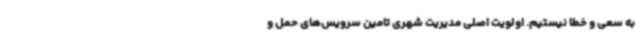
به سعی و خطا نیستیم. اولویت اصلی مدیریت شهری تامین سرویس‌های حمل و